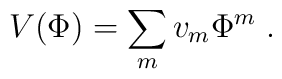
V(\Phi )=\sum_mv_m\Phi ^m  \;.